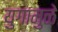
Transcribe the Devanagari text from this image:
युगामुळे